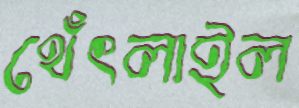
থেঁৎলাইল